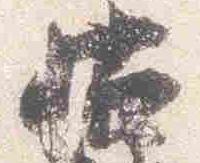
帖